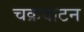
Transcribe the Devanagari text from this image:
चक्रवाटन